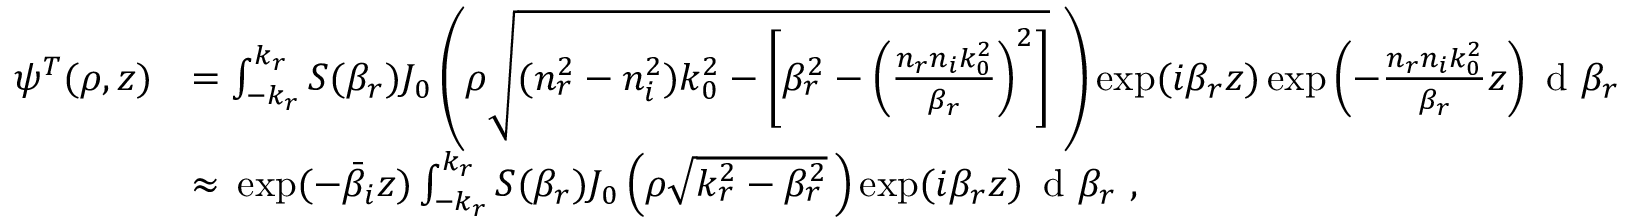
\begin{array} { c l r } { \psi ^ { T } ( \rho , z ) } & { = \int _ { - k _ { r } } ^ { k _ { r } } S ( \beta _ { r } ) J _ { 0 } \left( \rho \sqrt { ( n _ { r } ^ { 2 } - n _ { i } ^ { 2 } ) k _ { 0 } ^ { 2 } - \left[ \beta _ { r } ^ { 2 } - \left( \frac { n _ { r } n _ { i } k _ { 0 } ^ { 2 } } { \beta _ { r } } \right) ^ { 2 } \right] } \, \, \right) \exp ( i \beta _ { r } z ) \exp \left( - \frac { n _ { r } n _ { i } k _ { 0 } ^ { 2 } } { \beta _ { r } } z \right) \textrm { d } \beta _ { r } } \\ & { \approx \, \exp ( - \bar { \beta } _ { i } z ) \int _ { - k _ { r } } ^ { k _ { r } } S ( \beta _ { r } ) J _ { 0 } \left( \rho \sqrt { k _ { r } ^ { 2 } - \beta _ { r } ^ { 2 } } \, \right) \exp ( i \beta _ { r } z ) \, \textrm { d } \beta _ { r } \, \, , } \end{array}